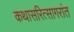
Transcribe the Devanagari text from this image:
कथासरित्सागरांत